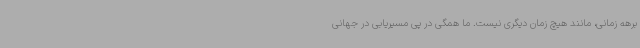
برهه زمانی، مانند هیچ زمان دیگری نیست. ما همگی در پی مسیریابی در جهانی